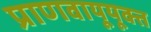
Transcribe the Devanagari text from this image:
प्राणवायूयूक्त